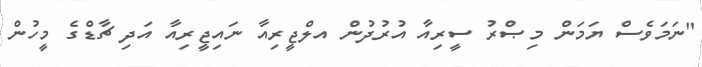
"ނަމަވެސް ޔަމަން މިޞްރު ސީރިއާ އުރުދުން އލްޖީރިއާ ނައިޖީރިއާ އަދި ޗާޑްގެ މީހުން